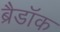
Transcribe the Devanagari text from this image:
ब्रैडॉक